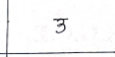
मजकूर: उ